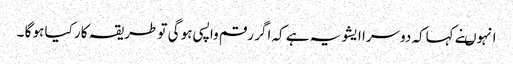
انہوںنے کہاکہ دوسرا ایشو یہ ہے کہ اگر رقم واپسی ہو گی تو طریقہ کار کیا ہو گا ۔